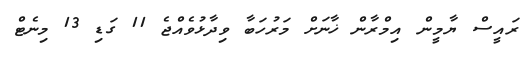
ރައީސް ޔާމީން އިމްރާން ޚާނަށް މަރުހަބާ ވިދާޅުވެއްޖެ 11 ގަޑި 13 މިނެޓް